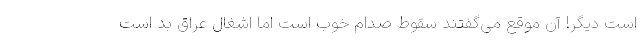
است دیگر! آن موقع می‌گفتند سقوط صدام خوب است اما اشغال عراق بد است